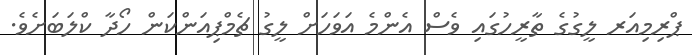
ޕްރިމިއަރ ލީގުގެ ތާރީހުގައި ވެސް އެންމެ އަވަހަށް ލީގު ޗެމްޕިއަންކަން ހޯދާ ކްލަބަށެވެ.